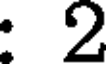
: 2